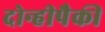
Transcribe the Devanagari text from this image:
दोन्हीपैकी